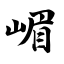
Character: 嵋